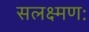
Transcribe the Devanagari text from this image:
सलक्ष्मणः